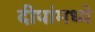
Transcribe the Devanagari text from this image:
दीपांमध्ये